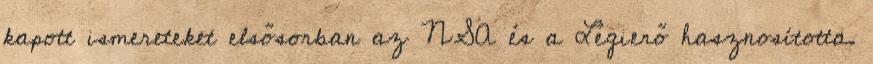
kapott ismereteket elsősorban az NSA és a Légierő hasznosította.